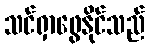
သင်ရှာဖွေနိုင်သည်